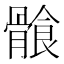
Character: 𩩶